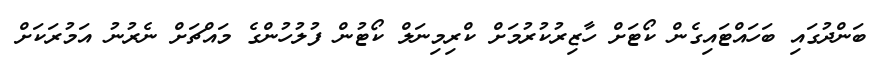
ބަންދުގައި ބަހައްޓައިގެން ކޯޓަށް ހާޒިރުކުރުމަށް ކްރިމިނަލް ކޯޓުން ފުލުހުންގެ މައްޗަށް ނެރުނު އަމުރަކަށް